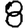
Digit: 8